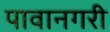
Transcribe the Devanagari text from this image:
पावानगरी